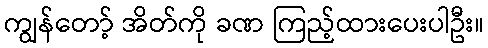
ကျွန်တော့် အိတ်ကို ခဏ ကြည့်ထားပေးပါဦး။